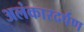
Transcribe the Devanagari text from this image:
अलंकारदर्पण